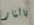
بالنار